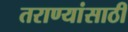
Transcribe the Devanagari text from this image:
तराण्यांसाठी